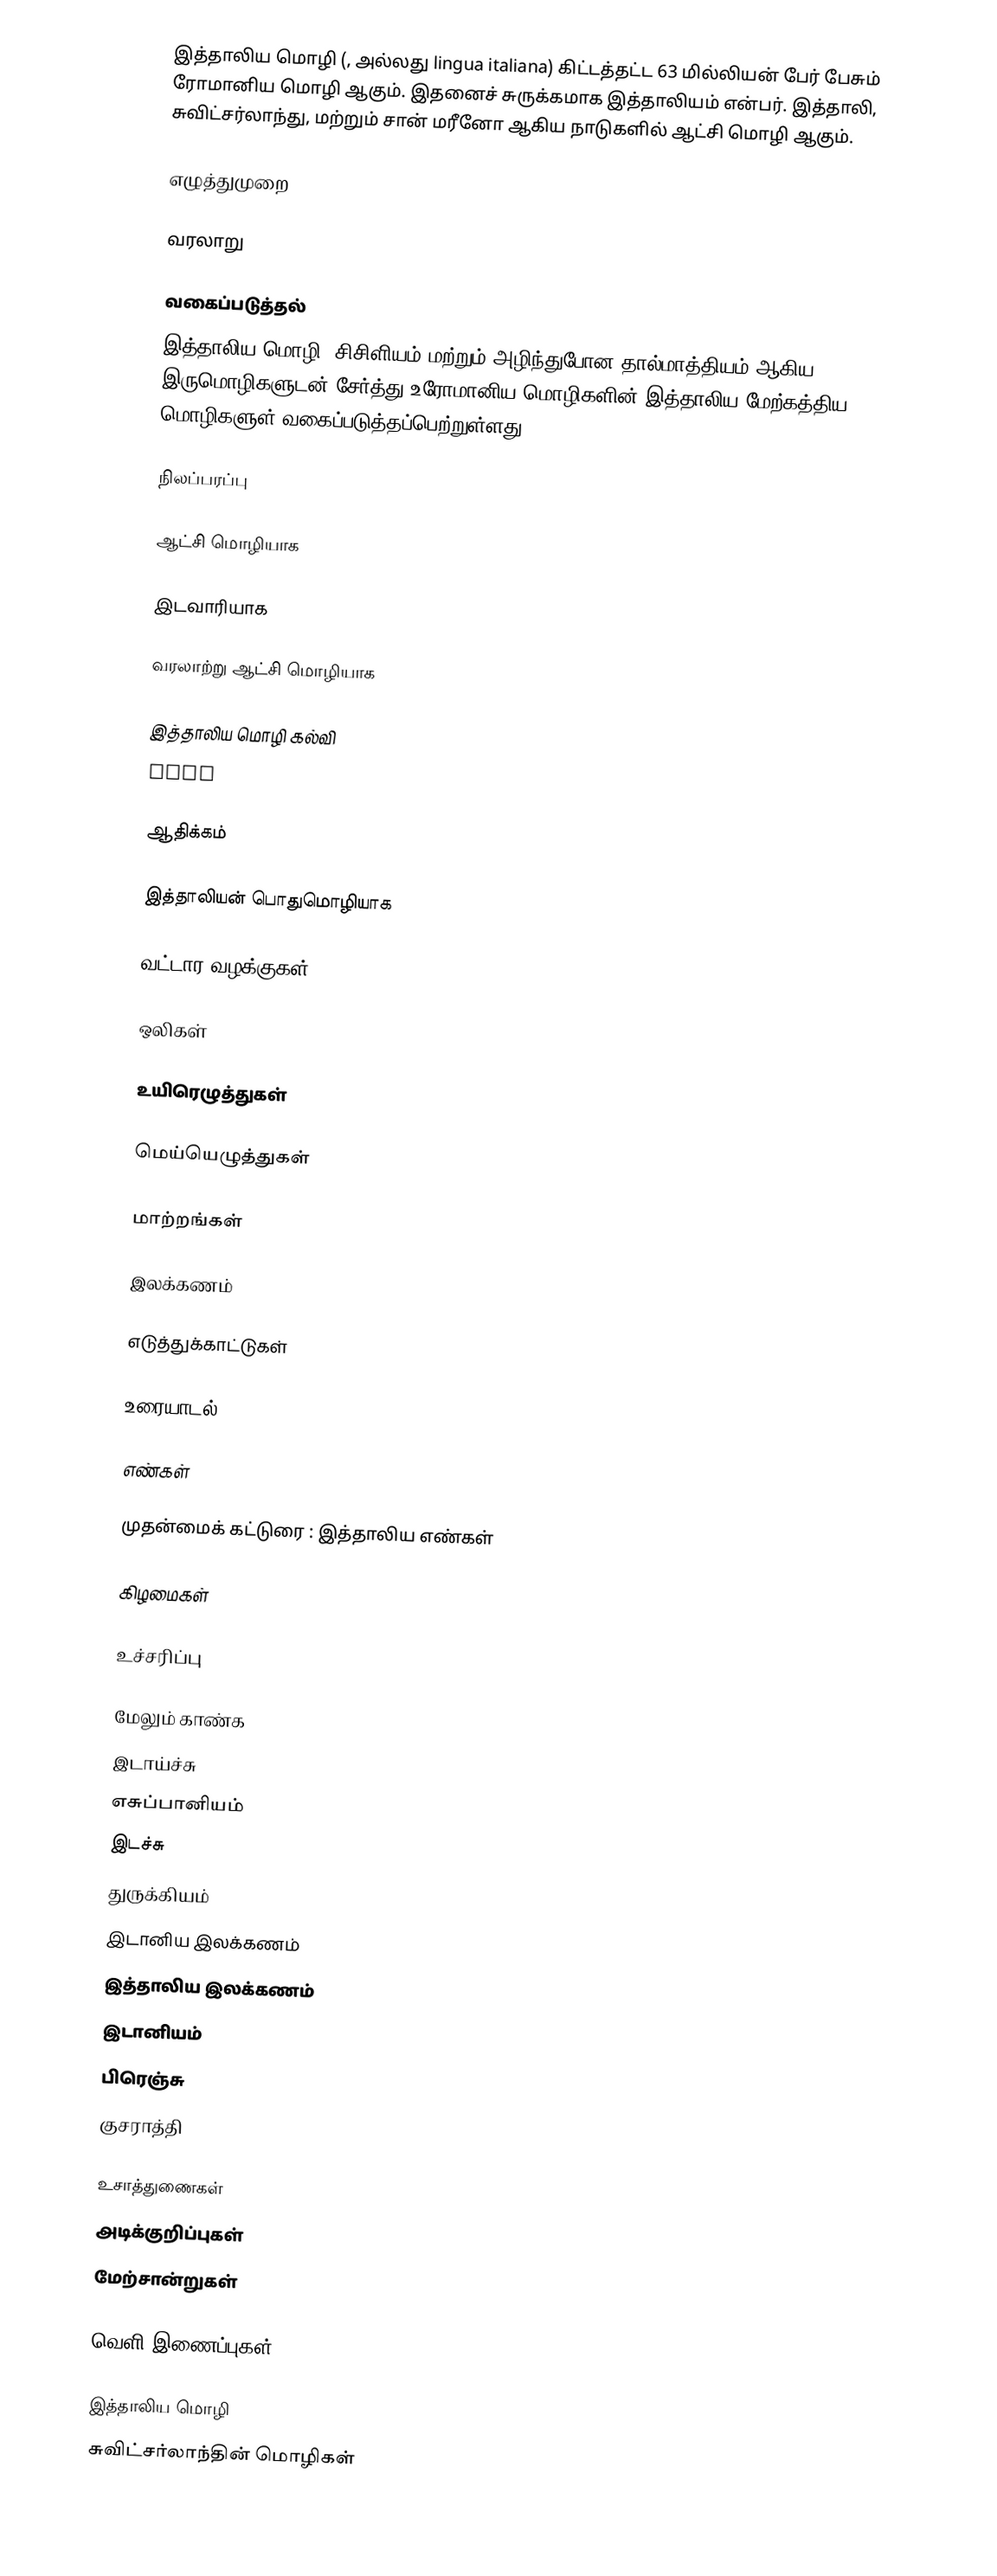
இத்தாலிய மொழி (, அல்லது lingua italiana) கிட்டத்தட்ட 63 மில்லியன் பேர் பேசும் ரோமானிய மொழி ஆகும். இதனைச் சுருக்கமாக இத்தாலியம் என்பர். இத்தாலி, சுவிட்சர்லாந்து, மற்றும் சான் மரீனோ ஆகிய நாடுகளில் ஆட்சி மொழி ஆகும்.

எழுத்துமுறை

வரலாறு

வகைப்படுத்தல்
இத்தாலிய மொழி, சிசிளியம் மற்றும் அழிந்துபோன தால்மாத்தியம் ஆகிய இருமொழிகளுடன் சேர்த்து உரோமானிய மொழிகளின் இத்தாலிய-மேற்கத்திய மொழிகளுள் வகைப்படுத்தப்பெற்றுள்ளது.

நிலப்பரப்பு

ஆட்சி மொழியாக

இடவாரியாக

வரலாற்று ஆட்சி மொழியாக

இத்தாலிய மொழி கல்வி
ciao

ஆதிக்கம்

இத்தாலியன் பொதுமொழியாக

வட்டார வழக்குகள்

ஒலிகள்

உயிரெழுத்துகள்

மெய்யெழுத்துகள்

மாற்றங்கள்

இலக்கணம்

எடுத்துக்காட்டுகள்

உரையாடல்

எண்கள்

முதன்மைக் கட்டுரை : இத்தாலிய எண்கள்

கிழமைகள்

உச்சரிப்பு

மேலும் காண்க
 இடாய்ச்சு
 எசுப்பானியம்
 இடச்சு
 துருக்கியம்
 இடானிய இலக்கணம்
 இத்தாலிய இலக்கணம்
 இடானியம்
 பிரெஞ்சு
 குசராத்தி

உசாத்துணைகள்
அடிக்குறிப்புகள்
மேற்சான்றுகள்

வெளி இணைப்புகள்

இத்தாலிய மொழி
சுவிட்சர்லாந்தின் மொழிகள்